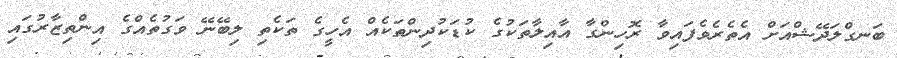
ބަނގްލަދޭޝްއަށް އެތެރެވެފައިވާ ރޮހިންގާ އާއިލާތަކުގެ ކުޑަކުދިންތަކެއް އެހީގެ ތަކެތި ލިބޭނޭ ވަގުތެއްގެ އިންތިޒާރުގައި